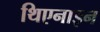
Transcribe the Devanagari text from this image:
थिएनाइन